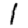
Digit: 1